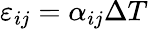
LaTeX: \varepsilon_{ij}=\alpha_{ij}\Delta T